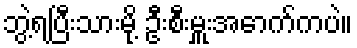
ဘွဲ့ရပြီးသားမို့ ဦးစီးမှူးအောက်ကပဲ။